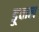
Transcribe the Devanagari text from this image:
डूवाल